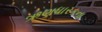
ઋણધારકના